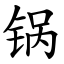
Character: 锅